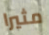
مثيرا